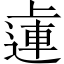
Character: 𨕭